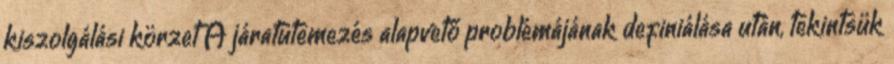
kiszolgálási körzet A járatütemezés alapvető problémájának definiálása után, tekintsük